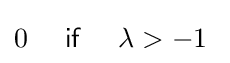
0\quad ~{\mathsf {if}}~\quad \lambda >-1\